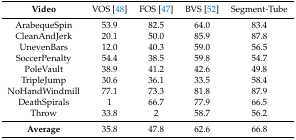
<table><thead><tr><td><b>Video</b></td><td><b>VOS [48]</b></td><td><b>FOS [47]</b></td><td><b>BVS [52]</b></td><td><b>Segment-Tube</b></td></tr></thead><tbody><tr><td>ArabequeSpin</td><td>53.9</td><td>82.5</td><td>64.0</td><td>83.4</td></tr><tr><td>CleanAndJerk</td><td>20.1</td><td>50.0</td><td>85.9</td><td>87.8</td></tr><tr><td>UnevenBars</td><td>12.0</td><td>40.3</td><td>59.0</td><td>56.5</td></tr><tr><td>SoccerPenalty</td><td>54.4</td><td>38.5</td><td>59.8</td><td>54.7</td></tr><tr><td>PoleVault</td><td>38.9</td><td>41.2</td><td>42.6</td><td>49.8</td></tr><tr><td>TripleJump</td><td>30.6</td><td>36.1</td><td>33.5</td><td>58.4</td></tr><tr><td>NoHandWindmill</td><td>77.1</td><td>73.3</td><td>81.8</td><td>87.9</td></tr><tr><td>DeathSpirals</td><td>1</td><td>66.7</td><td>77.9</td><td>66.5</td></tr><tr><td>Throw</td><td>33.8</td><td>2</td><td>58.7</td><td>56.2</td></tr><tr><td><b>Average</b></td><td>35.8</td><td>47.8</td><td>62.6</td><td>66.8</td></tr></tbody></table>